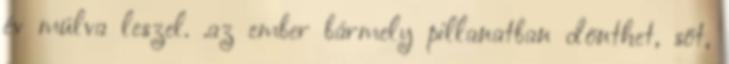
év múlva leszel. .az ember bármely pillanatban dönthet, sőt,